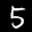
Label: 5